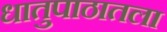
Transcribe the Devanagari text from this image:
धातुपाठातला